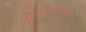
શૂરકથામાળા